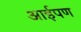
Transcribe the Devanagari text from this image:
आईपण